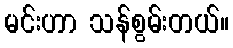
မင်းဟာ သန်စွမ်းတယ်။